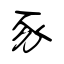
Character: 豕